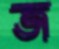
জ